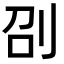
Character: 刟